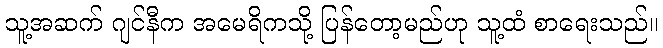
သူ့အဆက် ဂျင်နီက အမေရိကသို့ ပြန်တော့မည်ဟု သူ့ထံ စာရေးသည်။